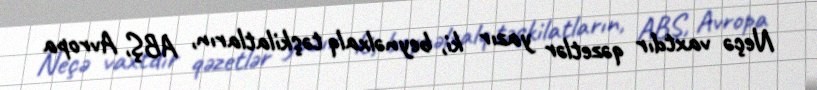
Neçə vaxtdır qəzetlər yazır ki, beynəlxalq təşkilatların, ABŞ, Avropa